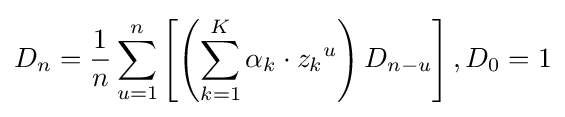
D_{n}={\frac {1}{n}}\sum \limits _{u=1}^{n}\left[\left(\sum \limits _{k=1}^{K}\alpha _{k}\cdot {z_{k}}^{u}\right)D_{n-u}\right],D_{0}=1